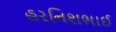
હરનિશભાઈ